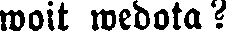
woit wedota?